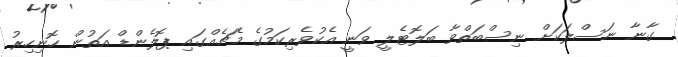
ގާނާ ނަސްލަކަށް ނިސްބަތްވާ ބަލޮޓެލީ ވަނީ އެކުވެރިކަމުގެ މެޗެއްގައި ޕޮލެންޑް އަތުން ހޮނިހިރު